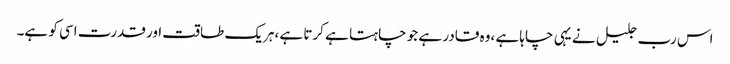
اس رب جلیل نے یہی چاہا ہے ،وہ قادر ہے جو چاہتا ہے کرتا ہے ،ہریک طاقت اور قدرت اسی کو ہے۔